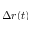
\Delta r ( t )